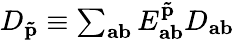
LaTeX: \begin{array}{r}{D_{\mathbf{\tilde{p}}}\equiv\sum_{\mathbf{ab}}E_{\mathbf{ab}}^{\mathbf{\tilde{p}}}D_{\mathbf{ab}}}\end{array}